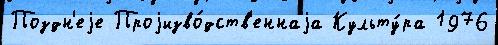
Поздн'еjе Проjизво́дств'еннаjа Культу́ра 1976